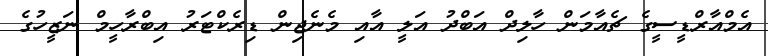
އެމްއާރްޑީސީގެ ޗެއާމަން ހާލިދް އަބްދު އަލީ އާއި މެނެޖިން ޑިރެކްޓަރު އިބްރާހީމް ނަޒީހުގެ